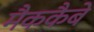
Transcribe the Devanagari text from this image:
मैककैबे